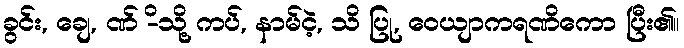
ခွင်း, ချေ, ဏ် -ိသို့ ကပ်, နာမ်ငဲ့, သိ ပြု, ဝေယျာကရဏိကော ပြီး၏။